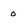
Character: 0